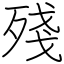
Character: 殘